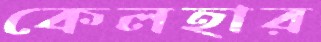
কেলহার